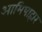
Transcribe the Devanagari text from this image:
आमिषाहार